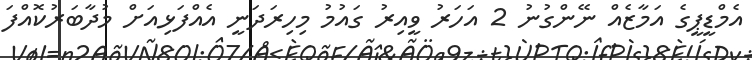
އެމްޑީޕީގެ އަމާޒެއް ނޭންގުނު 2 އަހަރު ވީއިރު ގައުމު މިހިރަދަނީ އެއްފަޅިއަށް މުދާބަރުކޮއްފަ